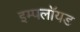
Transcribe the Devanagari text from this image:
इम्पलॉयड